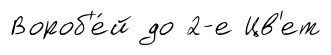
Вороб'е́й до 2-е Цв'ет